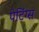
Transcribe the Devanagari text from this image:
पेटिंग्स